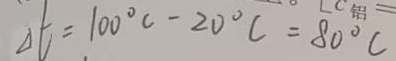
\Delta t = 1 0 0 ^ { \circ } C - 2 0 ^ { \circ } C = 8 0 ^ { \circ } C